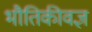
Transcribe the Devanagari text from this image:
भौतिकीवज्ञ